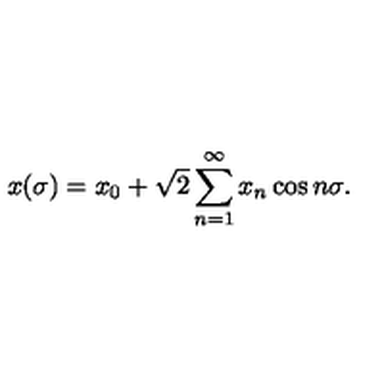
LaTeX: x ( \sigma ) = x _ { 0 } + \sqrt { 2 } \sum _ { n = 1 } ^ { \infty } x _ { n } \cos n \sigma .